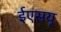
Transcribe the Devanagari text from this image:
ईएसयू